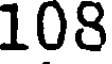
108